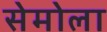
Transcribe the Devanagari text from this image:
सेमोला